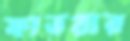
ফাতরার